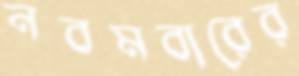
নবমবারের